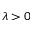
\lambda > 0